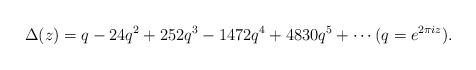
LaTeX: \begin{align*}\Delta(z) = q -24q^2+ 252q^3 -1472q^4+ 4830q^5 + \cdots (q=e^{2\pi i z}).\end{align*}